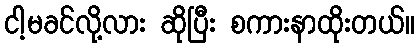
ငါ့မခင်လို့လား ဆိုပြီး စကားနာထိုးတယ်။